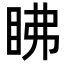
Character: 䀟